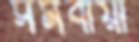
সমবায়ী